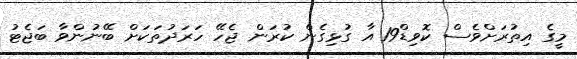
މީގެ އިތުރަށްވެސް ކޮވިޑް19 އާ ގުޅިގެން ކުރަން ޖެހޭ ހަރަދުތަކަށް ބޭނުންވާ ބަޖެޓު